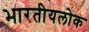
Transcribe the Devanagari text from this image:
भारतीयलोक